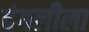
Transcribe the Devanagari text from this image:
दंगलीला